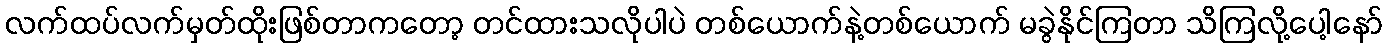
လက်ထပ်လက်မှတ်ထိုးဖြစ်တာကတော့ တင်ထားသလိုပါပဲ တစ်ယောက်နဲ့တစ်ယောက် မခွဲနိုင်ကြတာ သိကြလို့ပေါ့နော်